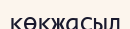
көкжасыл